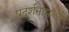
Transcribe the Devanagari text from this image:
प्रदर्शनामध्ये